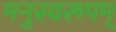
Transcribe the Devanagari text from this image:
मनुस्वरूपम्